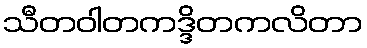
သီတဝါတကဒ္ဒိတကလိတာ